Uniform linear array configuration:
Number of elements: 64
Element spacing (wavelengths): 0.75
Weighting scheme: binomial
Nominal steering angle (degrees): -45
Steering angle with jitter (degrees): -45.318
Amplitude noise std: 0.05
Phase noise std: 0.05

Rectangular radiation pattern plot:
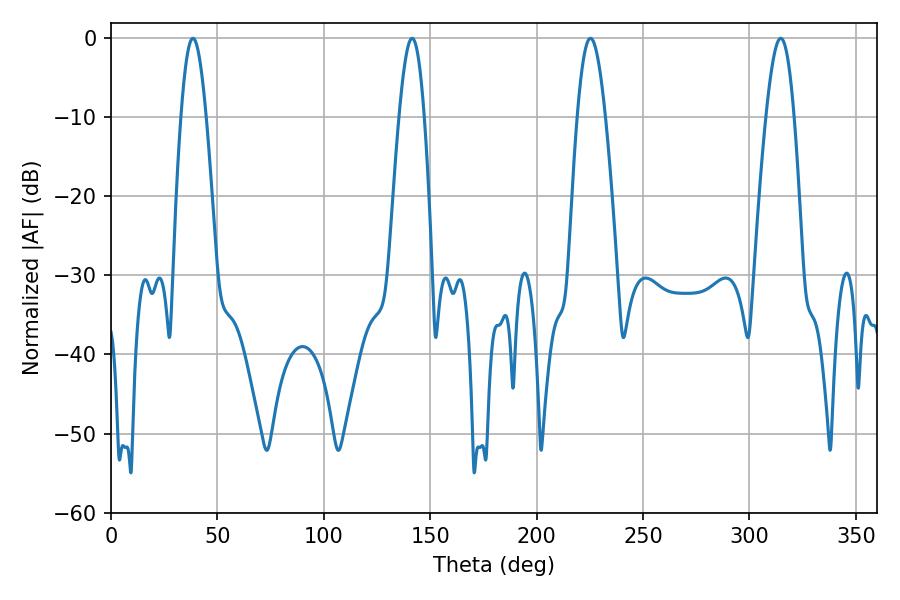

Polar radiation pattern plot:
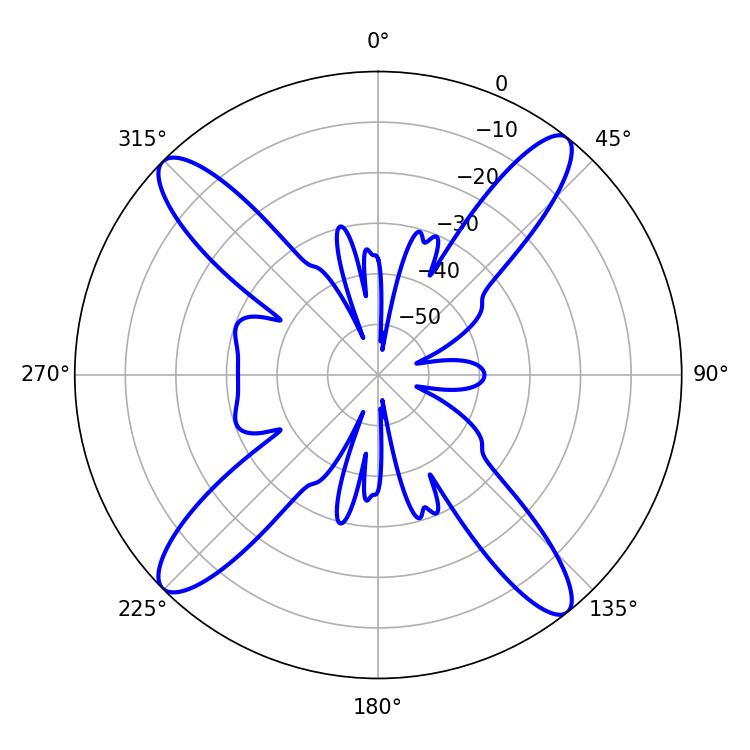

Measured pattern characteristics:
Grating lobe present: TRUE
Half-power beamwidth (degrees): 6.3
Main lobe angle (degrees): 38.52